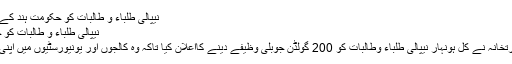
﻿ نیپالی طلباء و طالبات کو حکومت ہند کے وظیفے | اردو | ESD
نیپالی طلباء و طالبات کو حکومت ہند کے وظیفے
نیپال میں ہندوستانی سفارتخانہ نے کل ہونہار نیپالی طلباء وطالبات کو 200 گولڈن جوبلی وظیفے دینے کااعلان کیا تاکہ وہ کالجوں اور یونیورسٹیوں میں اپنی تعلیم جاری رکھ سکیں۔